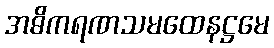
အဓိကရဏသမထေနဋ္ဌမေ